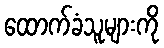
ထောက်ခံသူများကို